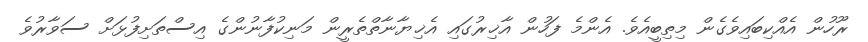
ރޫހުން އެއްކިބައިވެގެން މިތިބީއެވެ. އެންމެ ފަހުން އާޚިރުގައި އެޚިޔާނާތްތެރީން މަނިކުފާނުންގެ އިސްތަށިފުޅަށް ސަވާރުވެ